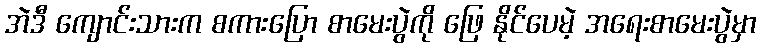
အဲဒီ ကျောင်းသားက စကားပြော စာမေးပွဲကို ဖြေ နိုင်ပေမဲ့ အရေးစာမေးပွဲမှာ